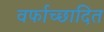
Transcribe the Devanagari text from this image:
वर्फाच्‍छादित